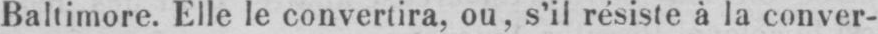
Baltimore. Elle le convertira, ou, s’il résiste à la conver-